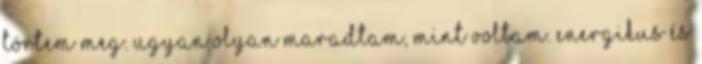
törtem meg. Ugyan olyan maradtam, mint voltam. Energikus és